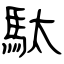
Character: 駄